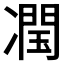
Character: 𭂣